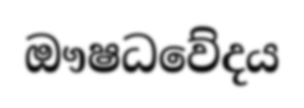
ඖෂධවේදය